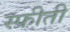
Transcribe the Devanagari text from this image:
स्फीती